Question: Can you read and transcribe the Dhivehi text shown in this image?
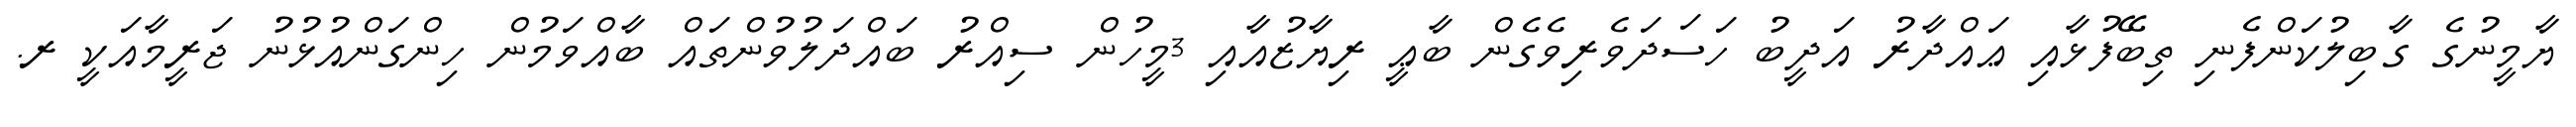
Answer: ޔާމީނުގެ ގާބިލުކަންފެނި ތިބޭފުޅާއި ޢައްދާރު އަދީބު ހަސަދަވެރިވެގެން ބާޢީ ރިޔާޒުއާއި 3މީހުން ސިއްރު ބައްދަލުވުންތައް ބާއްވަމުން ހިންގަންއުޅުނު ޖަރީމާއަކީ ރ.